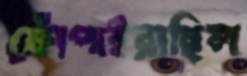
ফোঁপাইয়াছিল